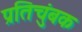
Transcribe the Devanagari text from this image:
प्रतिचुंबक